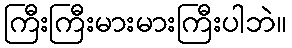
ကြီးကြီးမားမားကြီးပါဘဲ။